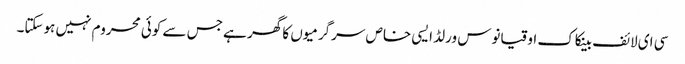
سی ای لائف بینکاک اوقیانوس ورلڈ ایسی خاص سرگرمیوں کا گھر ہے جس سے کوئی محروم نہیں ہوسکتا۔